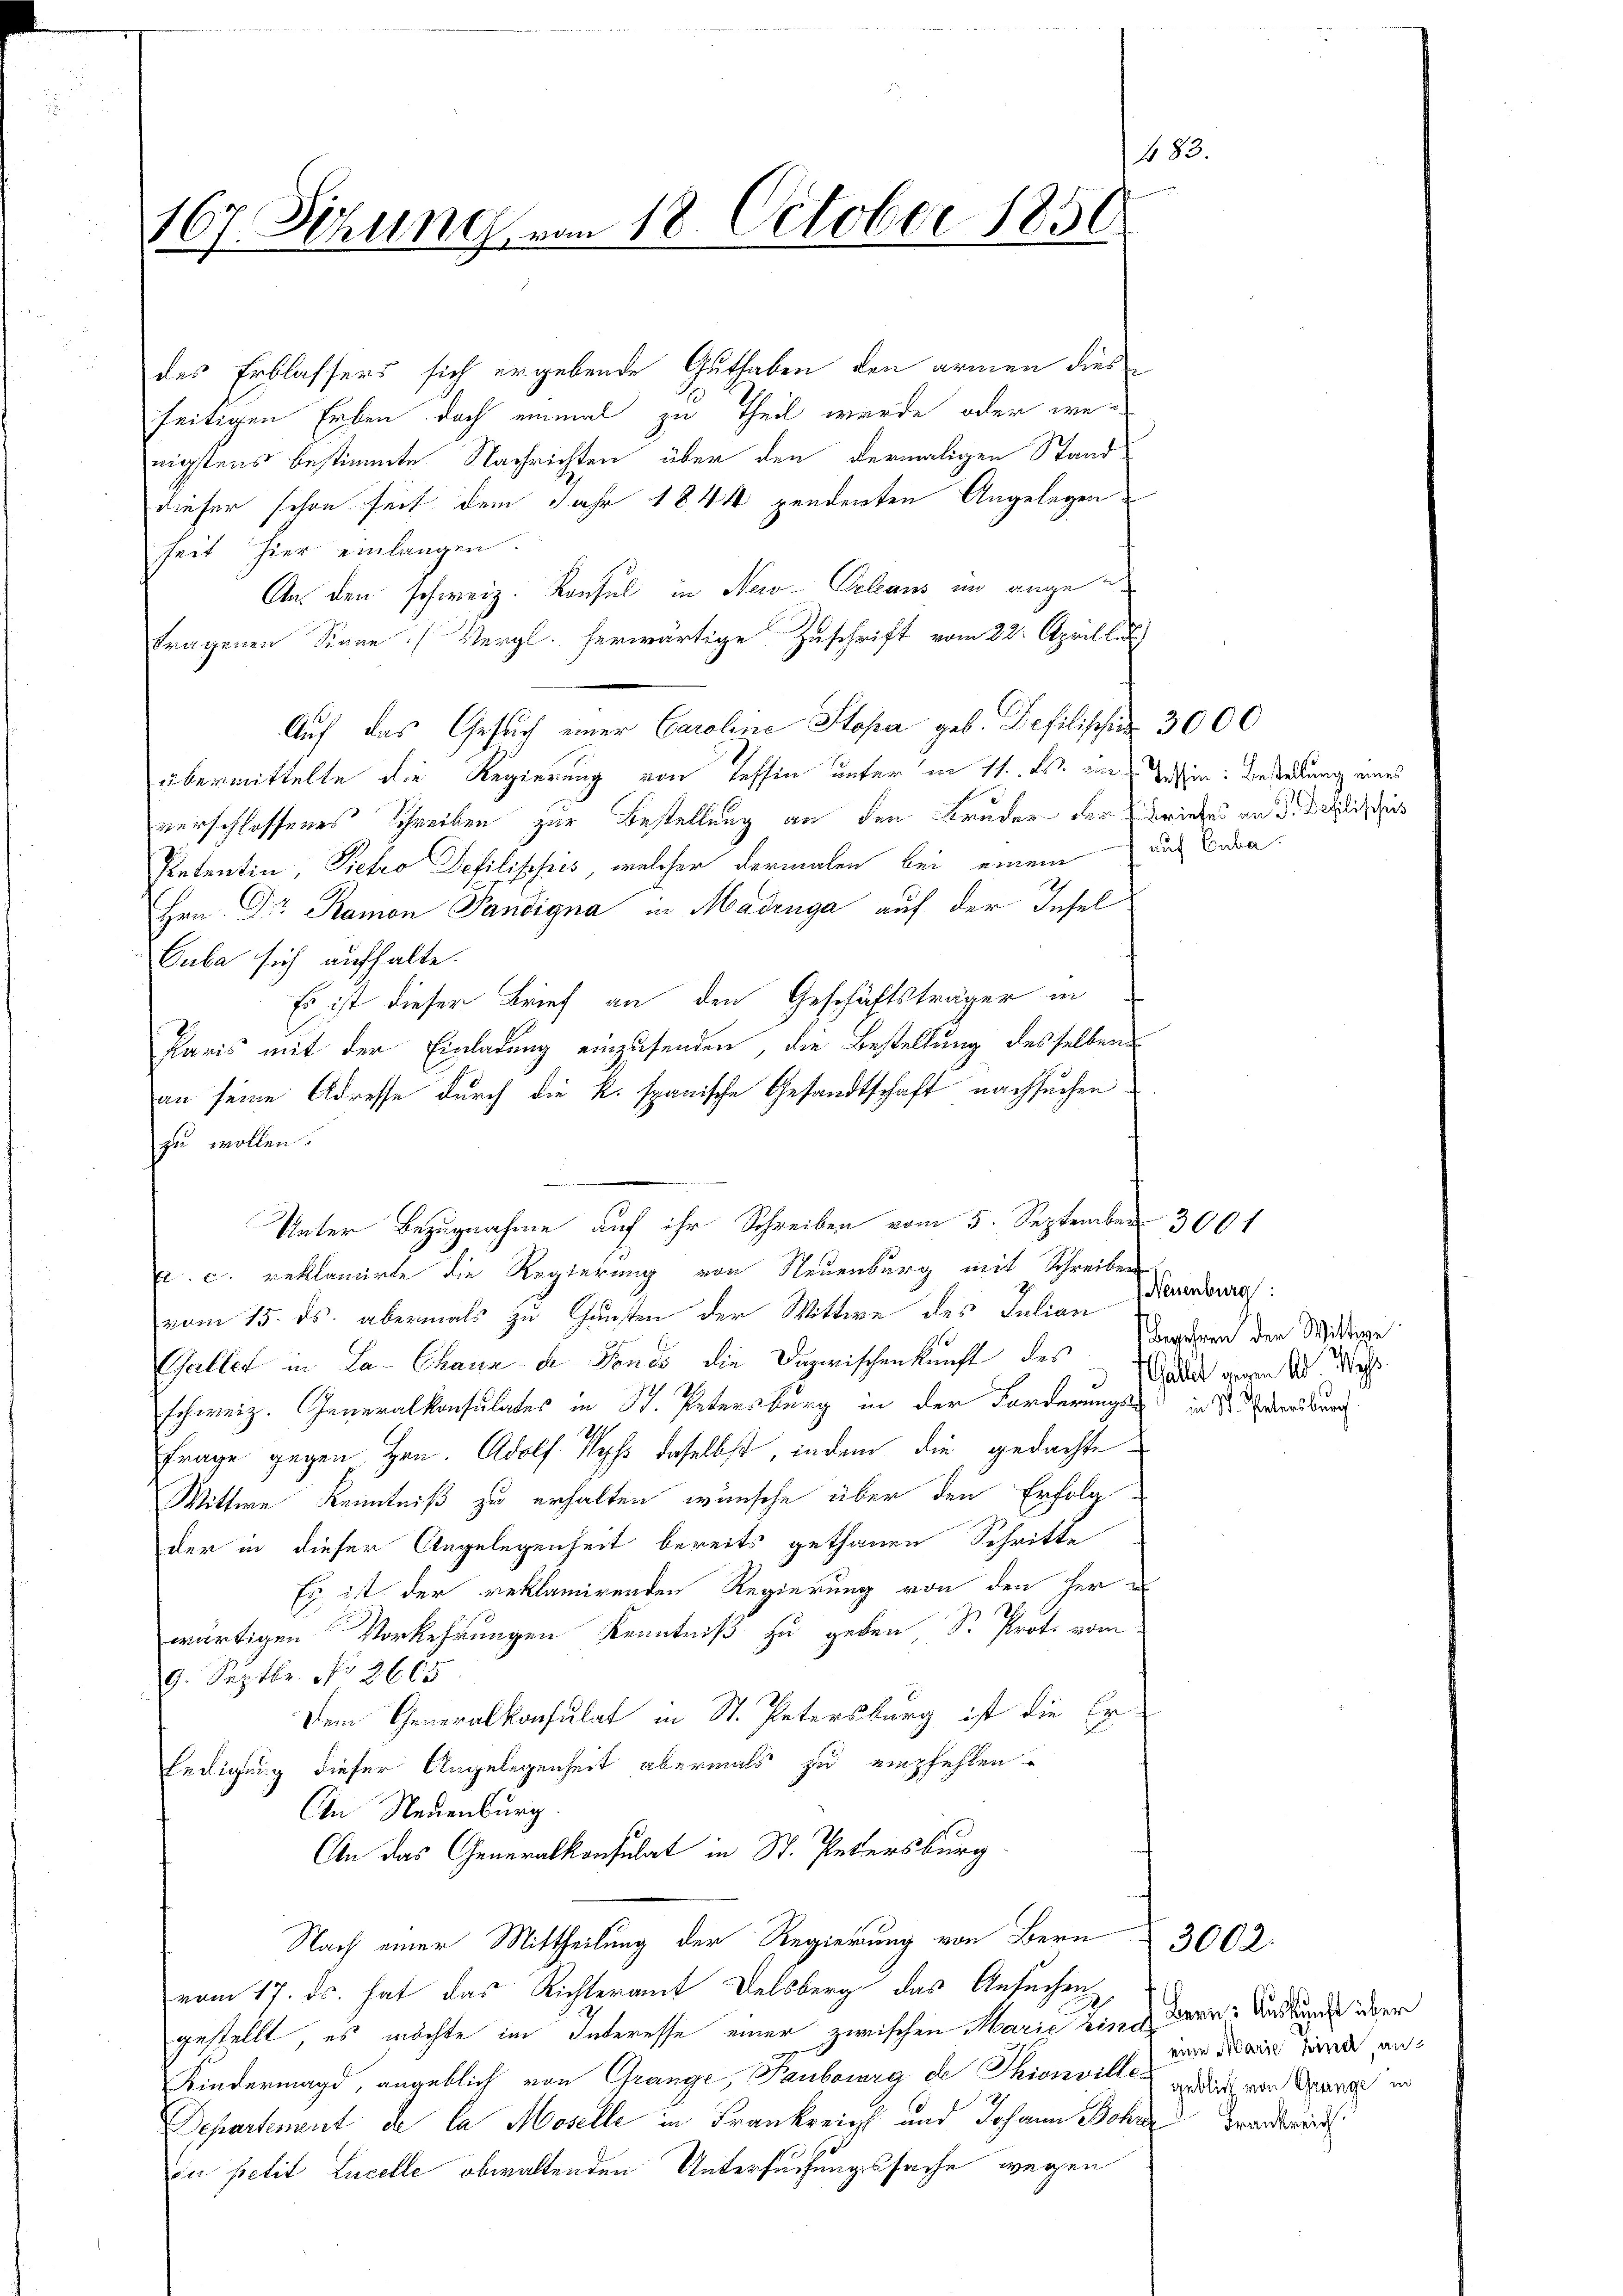
483.
167. Setzung vom 18. October 1856

des Erblassers sich ergebende Guthaben den armen dies
seitigen Erben doch einmal zu Theil wurde oder wenigstens bestimmte Nachrichten über den dermaligen Stand
dieser schon seit dem Jahr 1844 pendenten Angelegen-
seit hier einlangen.
Aus den schweiz. Konsul in New-Orleans im angetragenen Sinne (Vergl. herwärtige Zuschrift vom 22. Aprillet
Auf das Gesuch einer Caroline Stopa geb. Defilischus 3000
übermittelte die Regierung von Tessin unter in 11. ds. ein Win: Bestellung eines
verschlossenes Schreiben zur Bestellung an den Bruder der Briefe an d. dies
Petentin, Siehro Defilisches, welcher dermalen bei einem das Beden
Hrn. Der Ramon Pandigna in Madrnga auf der Insel¬
Cuba sich aufhalte.
Es ist dieser Brief an den Geschäftsträger in
Paris mit der Einladung einzusenden, die Bestellung desselben
an seine Adresse durch die K. spanische Gesandtschaft nachsuchen
zu wollen.
. c. reklamierte die Regierung von Neuenburg mit Schreiben
vom 15. ds. abermals zu Gunsten der Wittwe des Julian
Galler in La Chaux de Fonds die Dazwischenkunft des angenen der Mitrage
schweiz. Generalkonsulates in St. Petersburg in der Forderungs- in Sr. Ebens durch
Frage gegen Hrn. Adolf Wyss daselbst, indem die gedachte
Wittwe Kenntniß zu erhalten wünsche über den Erfolg
der in dieser Angelegenheit bereits gethanen Schritte
Es ist der reklamirenden Regierung von den her
wärtigen Vorkehrungen Kenntniß zu geben, Sr. Prote vom
9. Septbr. No 3665.
Dem Generalkonsulat in St. Petersburg ist die Er-
ledigung dieser Angelegenheit abermals zu empfehlen.
An Neuenburg
An das Generalkonsulat in St. Petersburg
Nach einer Mittheilung der Regierung von Bern 3002
vom 17. ds. hat das Richteramt Delsberg das Ansuchen
gestellt, es möchte im Interesse einer zwischen Marie eine Bern: Auskunde über
Kindermagd, angeblich von Grange, Taubourg der Thionville dich von Spang in
Departement de la Moselle in Frankreich und Johann Bohne Brandtwi
iu petit Lucelle obwaltenden Untersuchungssache wegen

Unter Bezugnahme auf ihr Schreiben vom 5. September 3001

euenburg
Hallet weren A. Wass

eine Marie hina, an¬